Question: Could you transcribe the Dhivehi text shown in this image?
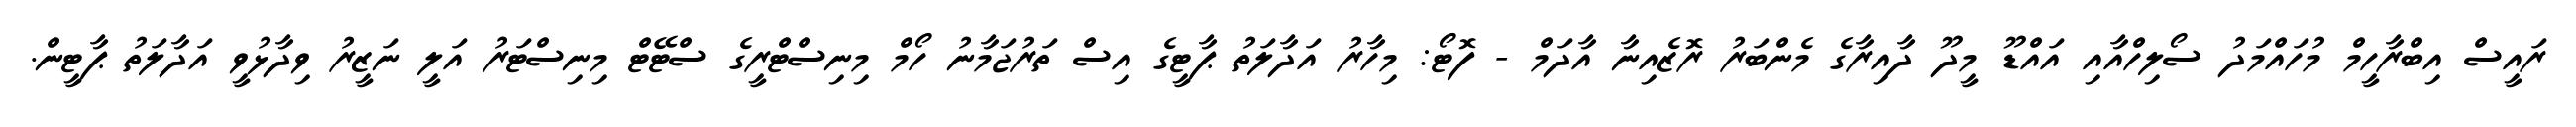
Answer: ރައީސް އިބްރާހީމް މުހައްމަދު ސޯލިހްއާއި އައްޑޫ މީދޫ ދާއިރާގެ މެންބަރު ރޮޒެއިނާ އާދަމް - ފޮޓޯ: މިހާރު އަދާލަތު ޕާޓީގެ އިސް ތަރުޖަމާނު ހޯމް މިނިސްޓްރީގެ ސްޓޭޓް މިނިސްޓަރު އަލީ ނަޒީރު ވިދާޅުވީ އަދާލަތު ޕާޓީން.